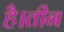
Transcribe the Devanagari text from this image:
है।तीन